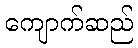
ကျောက်ဆည်